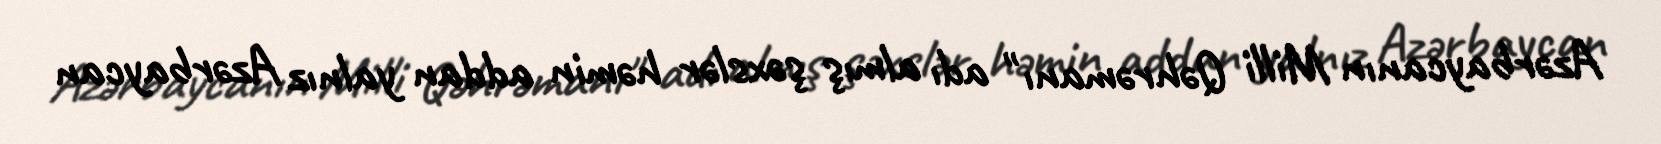
Azərbaycanın Milli Qəhrəmanı" adı almış şəxslər həmin addan yalnız Azərbaycan